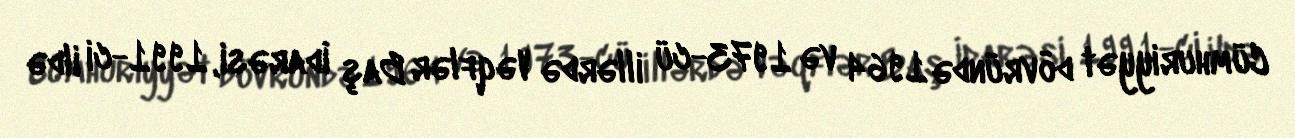
Cümhuriyyət dövründə 1964 və 1973-cü illərdə Vəqflər Baş İdarəsi, 1991-ci ildə